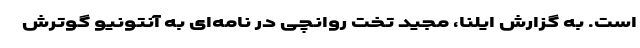
است. به گزارش ایلنا، مجید تخت روانچی در نامه‌ای به آنتونیو گوترش